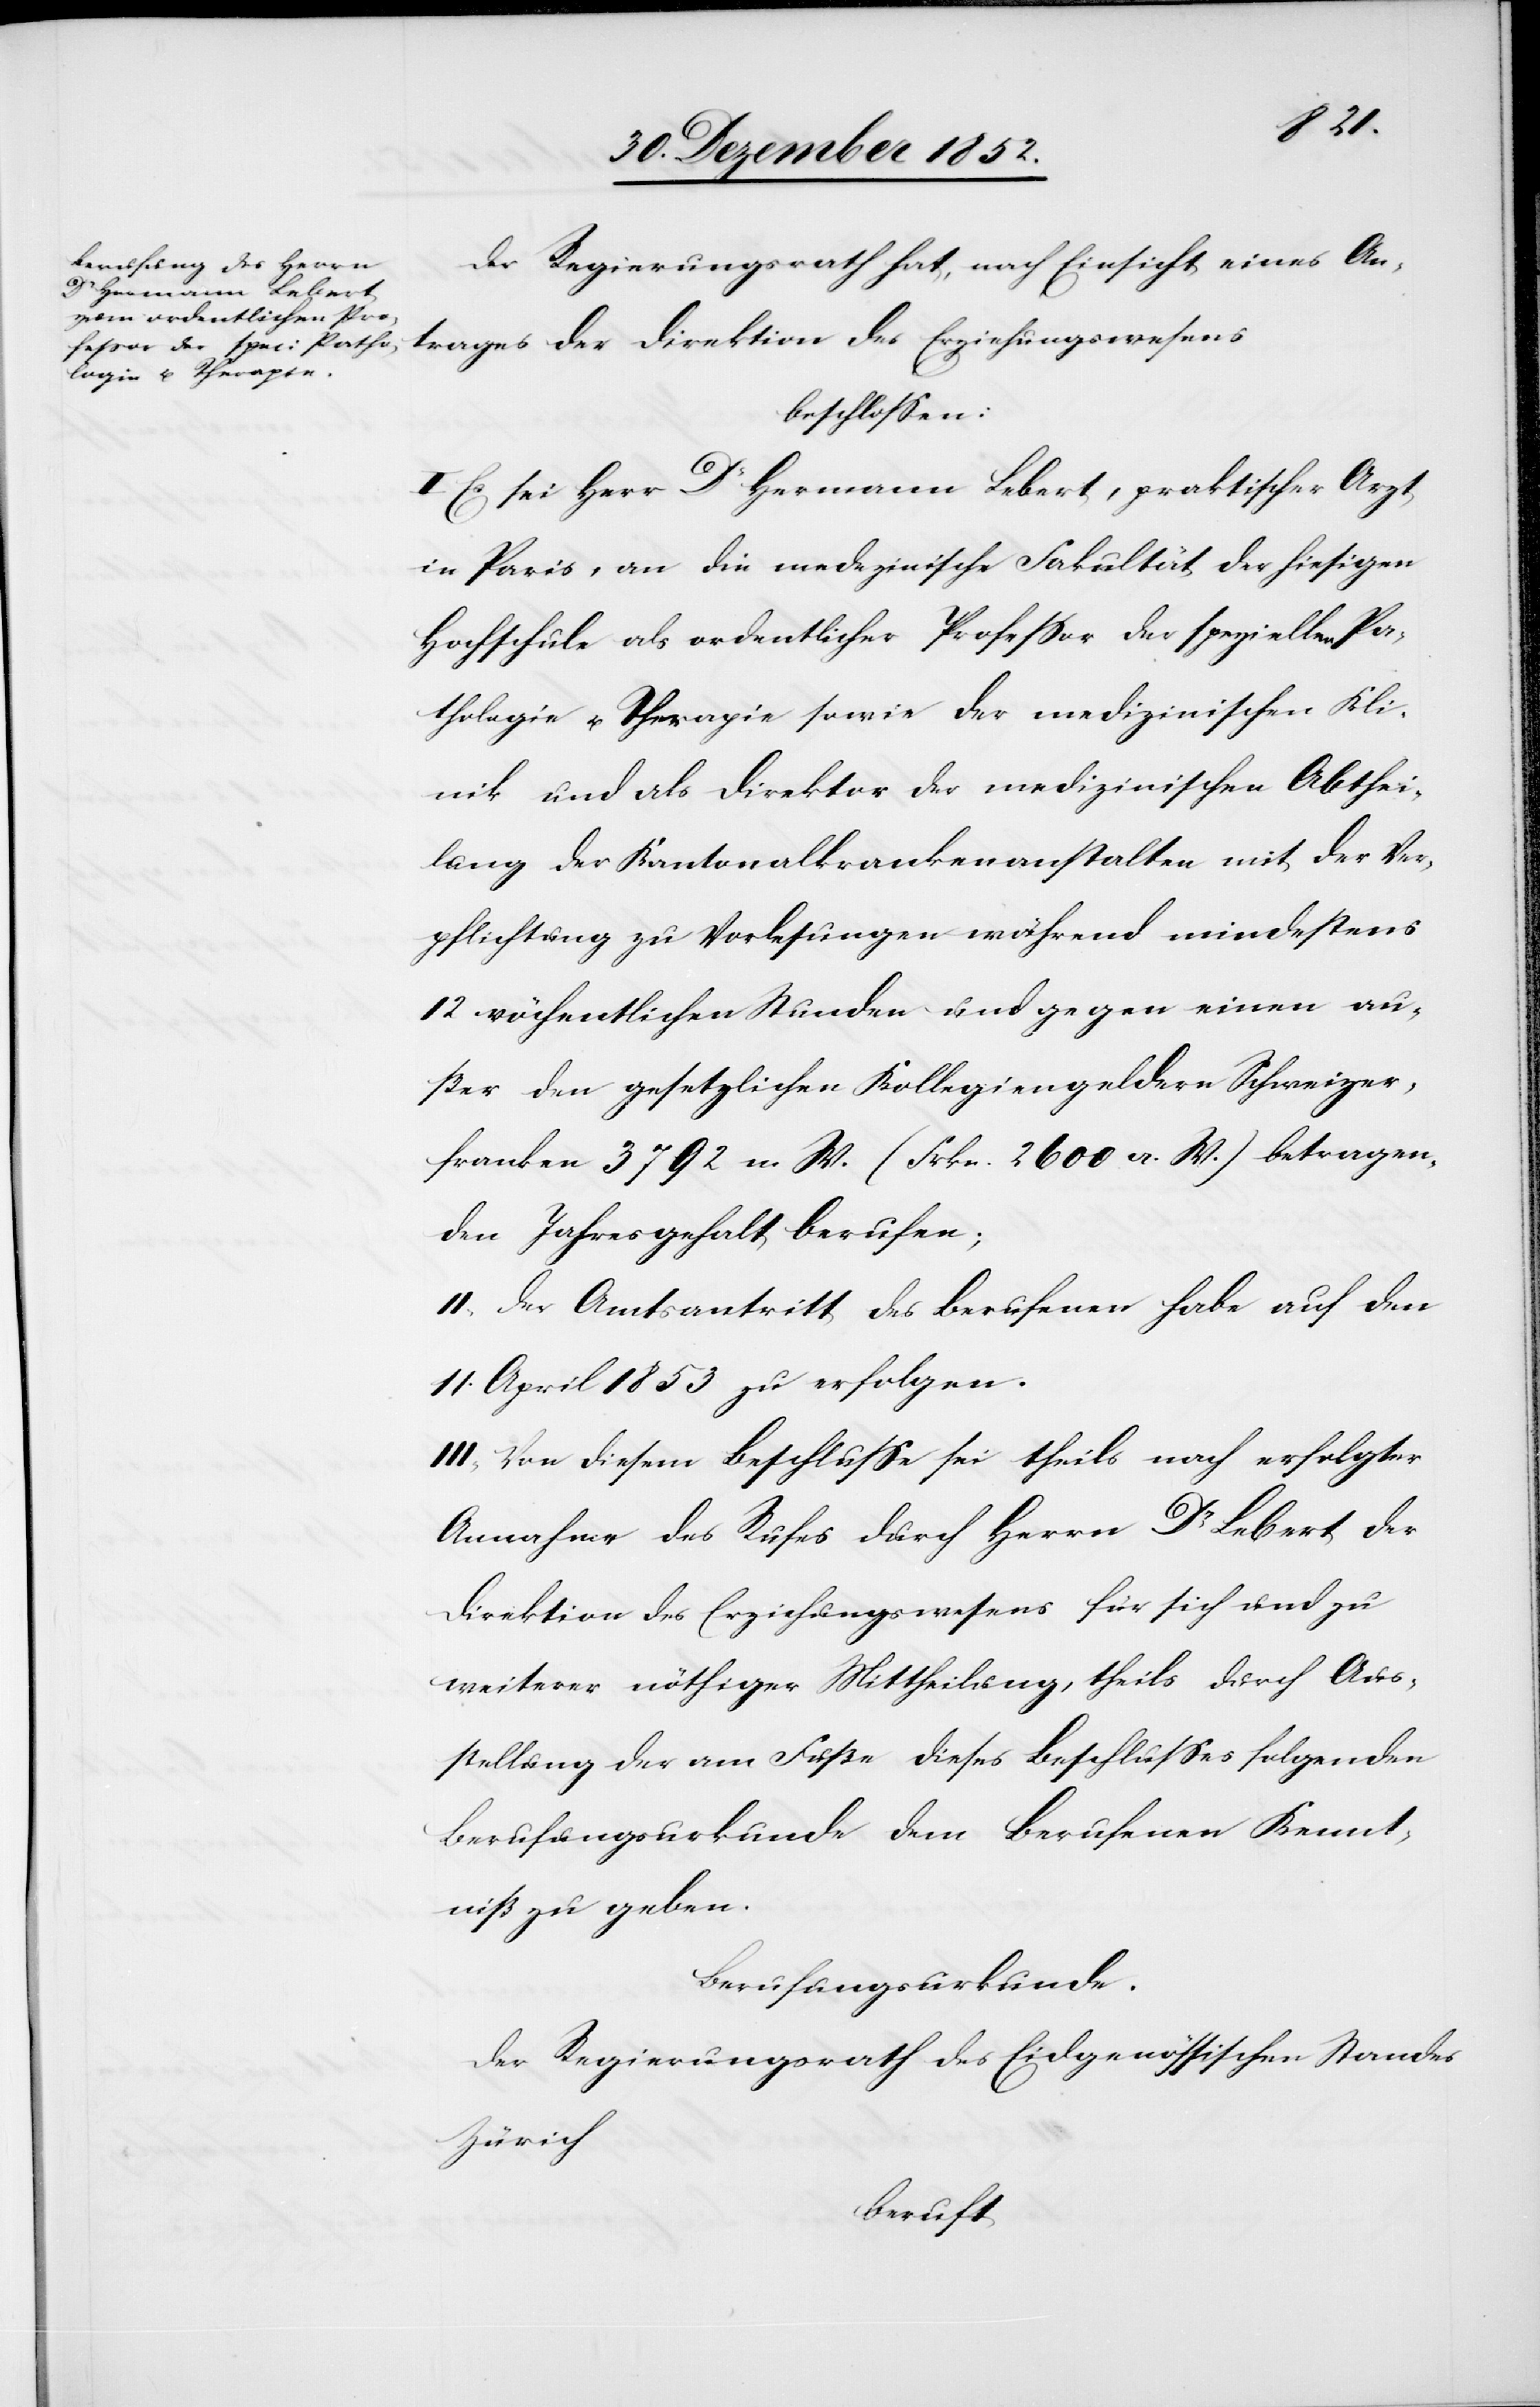
Der Regierungsrath hat, nach Einsicht eines An¬
trages der Direktion des Erziehungswesens
beschlossen:
I Es sei Herr Dr Hermann Lebert, praktischer Arzt
in Paris, an die medezinische [sic!] Fakultät der hiesigen
Hochschule als ordentlicher Professor der speziellen Pa¬
thologie u. Therapie sowie der medizinischen Kli¬
nik und als Direktor der medizinischen Abthei¬
lung der Kantonalkrankenanstalten mit der Ver¬
pflichtung zu Vorlesungen während mindestens
12 wöchentlichen Stunden und gegen einen au¬
ßer den gesetzlichen Kollegiengeldern Schweizer¬
franken 3792 n. W. (Frkn. 2600 a. W.) betragen¬
den Jahresgehalt berufen;
II, Der Amtsantritt des Berufenen habe auf den
11. April 1853 zu erfolgen.
III, Von diesem Beschlusse sei theils nach erfolgter
Annahme des Rufes durch Herrn Dr Lebert der
Direktion des Erziehungswesens für sich und zu
weiterer nöthiger Mittheilung, theils durch Aus¬
stellung der am Fuße dieses Beschlusses folgenden
Berufungsurkunde dem Berufenen Kennt¬
niß zu geben.
Berufungsurkunde.
Der Regierungsrath des Eidgenössischen Standes
Zürich
beruft